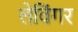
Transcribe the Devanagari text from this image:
लेविंगर